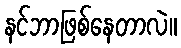
နင်ဘာဖြစ်နေတာလဲ။